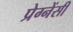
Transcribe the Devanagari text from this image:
प्रेग्नेंसी